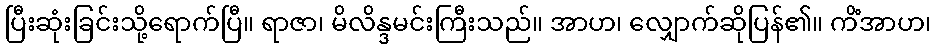
ပြီးဆုံးခြင်းသို့ရောက်ပြီ။ ရာဇာ၊ မိလိန္ဒမင်းကြီးသည်။ အာဟ၊ လျှောက်ဆိုပြန်၏။ ကိံအာဟ၊